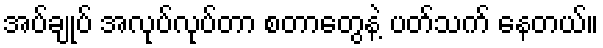
အပ်ချုပ် အလုပ်လုပ်တာ စတာတွေနဲ့ ပတ်သက် နေတယ်။